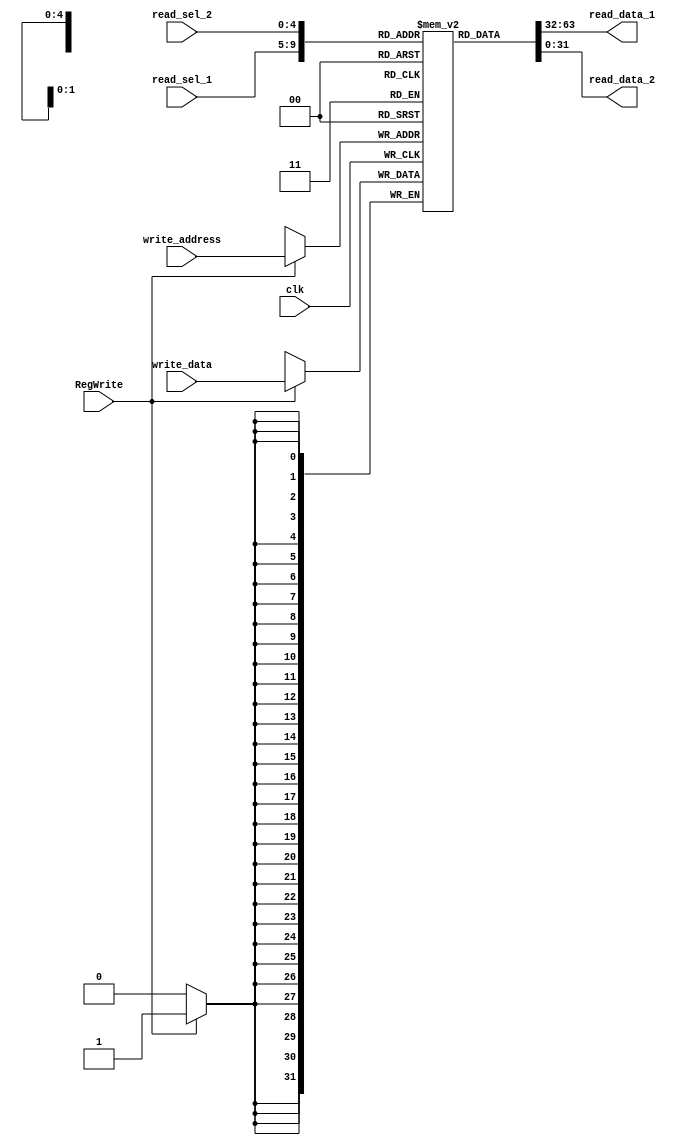

// This can be used to replace the original nbit_register_file in lab5.
// In iSim you can actually expand this reg_file to view the contents in it. 

module nbit_register_file(write_data, 
                          read_data_1, read_data_2, 
                          read_sel_1, read_sel_2, 
                          write_address, RegWrite, clk);

    parameter data_width = 32;
    parameter select_width = 5; 

    input                             clk, RegWrite;
    input       [data_width-1:0]      write_data;
    input       [4:0]                 read_sel_1, read_sel_2, write_address;
    output      [data_width-1:0]      read_data_1, read_data_2;

    reg         [data_width-1:0]      register_file [0:data_width-1];

    // for loop initializes all registers to 10x the register number
    // no need to rst
    integer i;
    initial begin
        for (i = 0; i < 32; i = i + 1) begin 
            register_file[i] = i * 10;
        end     
    end


    assign read_data_1 = register_file[read_sel_1];
    assign read_data_2 = register_file[read_sel_2];


    always @ (posedge clk) begin
        if (RegWrite) 
            register_file[write_address] <= write_data;
    end
endmodule